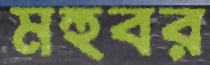
মহুবর